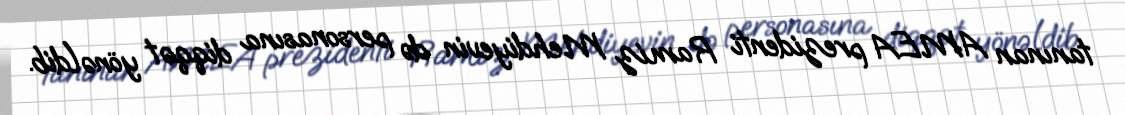
tanınan AMEA prezidenti Ramiz Mehdiyevin də personasına diqqət yönəldib.